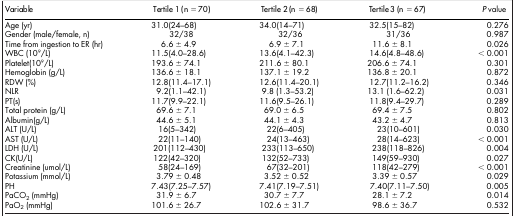
<table><thead><tr><td><b>Variable</b></td><td><b>Tertile 1 (n = 70)</b></td><td><b>Tertile 2 (n = 68)</b></td><td><b>Tertile 3 (n = 67)</b></td><td><b><i>P</i> value</b></td></tr></thead><tbody><tr><td>Age (yr)</td><td>31.0(24–68)</td><td>34.0(14–71)</td><td>32.5(15–82)</td><td>0.276</td></tr><tr><td>Gender (male/female, n)</td><td>32/38</td><td>32/36</td><td>31/36</td><td>0.987</td></tr><tr><td>Time from ingestion to ER (hr)</td><td>6.6 ± 4.9</td><td>6.9 ± 7.1</td><td>11.6 ± 8.1</td><td>0.026</td></tr><tr><td>WBC (10<sup>9</sup>/L)</td><td>11.5(4.0–28.6)</td><td>13.6(4.1–42.3)</td><td>14.6(4.8–48.6)</td><td>&lt; 0.001</td></tr><tr><td>Platelet(10<sup>9</sup>/L)</td><td>193.6 ± 74.1</td><td>211.6 ± 80.1</td><td>206.6 ± 74.1</td><td>0.301</td></tr><tr><td>Hemoglobin (g/L)</td><td>136.6 ± 18.1</td><td>137.1 ± 19.2</td><td>136.8 ± 20.1</td><td>0.872</td></tr><tr><td>RDW (%)</td><td>12.8(11.4–17.1)</td><td>12.6(11.4–20.1)</td><td>12.7(11.2–16.2)</td><td>0.346</td></tr><tr><td>NLR</td><td>9.2(1.1–42.1)</td><td>9.8 (1.3–53.2)</td><td>13.1 (1.6–62.2)</td><td>0.031</td></tr><tr><td>PT(s)</td><td>11.7(9.9–22.1)</td><td>11.6(9.5–26.1)</td><td>11.8(9.4–29.7)</td><td>0.289</td></tr><tr><td>Total protein (g/L)</td><td>69.6 ± 7.1</td><td>69.0 ± 6.5</td><td>69.4 ± 7.5</td><td>0.802</td></tr><tr><td>Albumin(g/L)</td><td>44.6 ± 5.1</td><td>44.1 ± 4.3</td><td>43.2 ± 4.7</td><td>0.813</td></tr><tr><td>ALT (U/L)</td><td>16(5–342)</td><td>22(6–405)</td><td>23(10–601)</td><td>0.030</td></tr><tr><td>AST (U/L)</td><td>22(11–140)</td><td>24(13–463)</td><td>28(14–623)</td><td>&lt; 0.001</td></tr><tr><td>LDH (U/L)</td><td>201(112–430)</td><td>233(113–650)</td><td>238(118–826)</td><td>0.004</td></tr><tr><td>CK(U/L)</td><td>122(42–320)</td><td>132(52–733)</td><td>149(59–930)</td><td>0.027</td></tr><tr><td>Creatinine (umol/L)</td><td>58(24–169)</td><td>67(32–201)</td><td>118(42–279)</td><td>&lt; 0.001</td></tr><tr><td>Potassium (mmol/L)</td><td>3.79 ± 0.48</td><td>3.52 ± 0.52</td><td>3.39 ± 0.57</td><td>0.029</td></tr><tr><td>PH</td><td>7.43(7.25–7.57)</td><td>7.41(7.19–7.51)</td><td>7.40(7.11–7.50)</td><td>0.005</td></tr><tr><td>PaCO<sub>2</sub> (mmHg)</td><td>31.9 ± 6.7</td><td>30.7 ± 7.7</td><td>28.1 ± 7.2</td><td>0.014</td></tr><tr><td>PaO<sub>2</sub> (mmHg)</td><td>101.6 ± 26.7</td><td>102.6 ± 31.7</td><td>98.6 ± 36.7</td><td>0.532</td></tr></tbody></table>